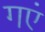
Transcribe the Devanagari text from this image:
गएं